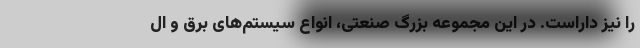
را نیز داراست. در این مجموعه بزرگ صنعتی، انواع سیستم‌های برق و ال